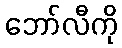
ဘော်လီကို